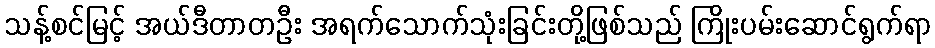
သန့်စင်မြင့် အယ်ဒီတာတဦး အရက်သောက်သုံးခြင်းတို့ဖြစ်သည် ကြိုးပမ်းဆောင်ရွက်ရာ